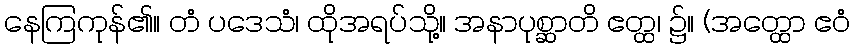
နေကြကုန်၏။ တံ ပဒေသံ၊ ထိုအရပ်သို့။ အနာပုစ္ဆာတိ ဧတ္ထ၊ ၌။ (အတ္ထော ဧဝံ